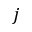
j